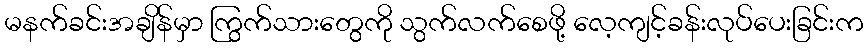
မနက်ခင်းအချိန်မှာ ကြွက်သားတွေကို သွက်လက်စေဖို့ လေ့ကျင့်ခန်းလုပ်ပေးခြင်းက